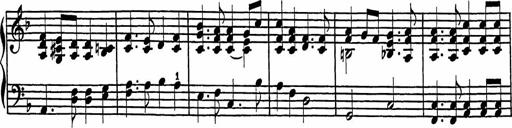
Title: 2 Sonatines
Composer: Richard Zeckwer